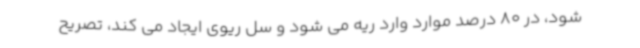
شود، در 80 درصد موارد وارد ریه می شود و سل ریوی ایجاد می کند، تصریح